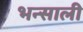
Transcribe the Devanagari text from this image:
भन्साली